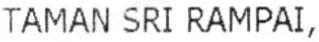
TAMAN SRI RAMPAI.